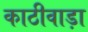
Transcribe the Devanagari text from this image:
काठीवाड़ा